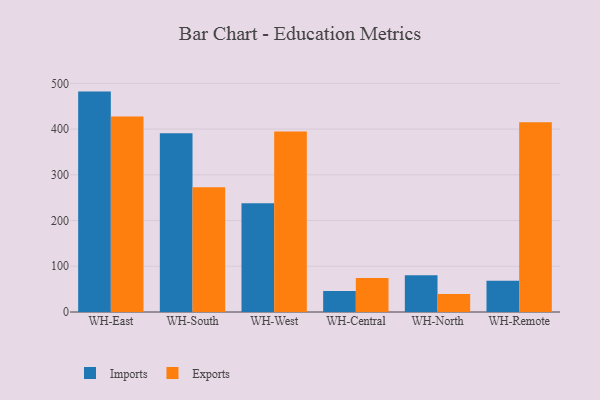
{"axis": {"x": "Warehouse", "y": "Bounce Rate (%)"}, "legend": ["Exports", "Imports"], "data": [{"x": "WH-East", "y": 481.9, "type": "Imports"}, {"x": "WH-East", "y": 427.7, "type": "Exports"}, {"x": "WH-South", "y": 390.8, "type": "Imports"}, {"x": "WH-South", "y": 272.8, "type": "Exports"}, {"x": "WH-West", "y": 237.6, "type": "Imports"}, {"x": "WH-West", "y": 394.6, "type": "Exports"}, {"x": "WH-Central", "y": 46.1, "type": "Imports"}, {"x": "WH-Central", "y": 74.6, "type": "Exports"}, {"x": "WH-North", "y": 80.5, "type": "Imports"}, {"x": "WH-North", "y": 39.3, "type": "Exports"}, {"x": "WH-Remote", "y": 68.6, "type": "Imports"}, {"x": "WH-Remote", "y": 414.7, "type": "Exports"}]}